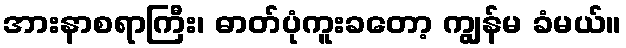
အားနာစရာကြီး၊ ဓာတ်ပုံကူးခတော့ ကျွန်မ ခံမယ်။